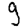
Digit: 9